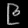
Digit: ၉